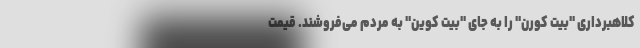
کلاهبرداری "بیت کورن" را به جای "بیت کوین" به مردم می‌فروشند. قیمت